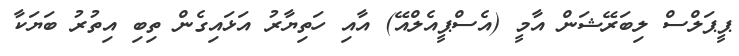
ޕީޕަލްސް ލިބަރޭޝަން އާމީ (އެސްޕީއެލްއޭ) އާއި ހަތިޔާރު އަޅައިގެން ތިބި އިތުރު ބަޔަކާ